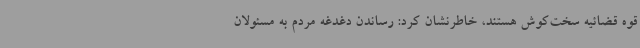
قوه قضائیه سخت‌کوش هستند، خاطرنشان کرد: رساندن دغدغه مردم به مسئولان